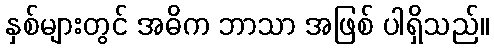
နှစ်များတွင် အဓိက ဘာသာ အဖြစ် ပါရှိသည်။